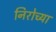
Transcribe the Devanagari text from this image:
निरोच्या